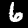
Label: 6